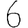
Digit: 6